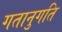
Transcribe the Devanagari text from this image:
गतानुगति